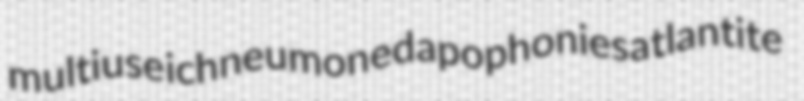
multiuse ichneumoned apophonies atlantite